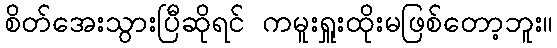
စိတ်အေးသွားပြီဆိုရင် ကမူးရှူးထိုးမဖြစ်တော့ဘူး။